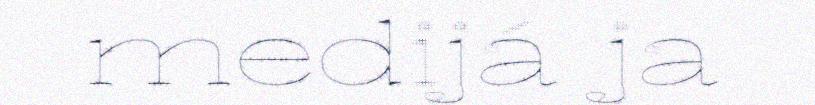
medijá ja